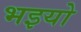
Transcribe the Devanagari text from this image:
भइयो